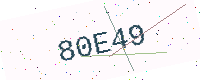
Text: 80E49